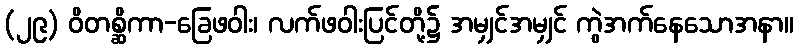
(၂၉) ဝိတစ္ဆိကာ-ခြေဖဝါး၊ လက်ဖဝါးပြင်တို့၌ အမျှင်အမျှင် ကွဲအက်နေသောအနာ။